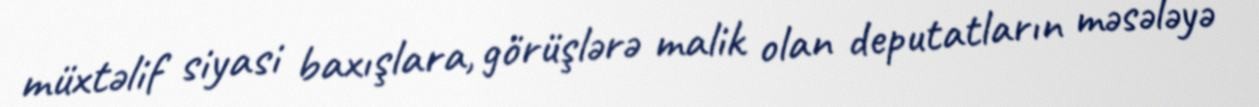
müxtəlif siyasi baxışlara, görüşlərə malik olan deputatların məsələyə